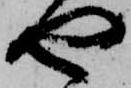
や